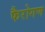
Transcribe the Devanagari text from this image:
फैरोगण